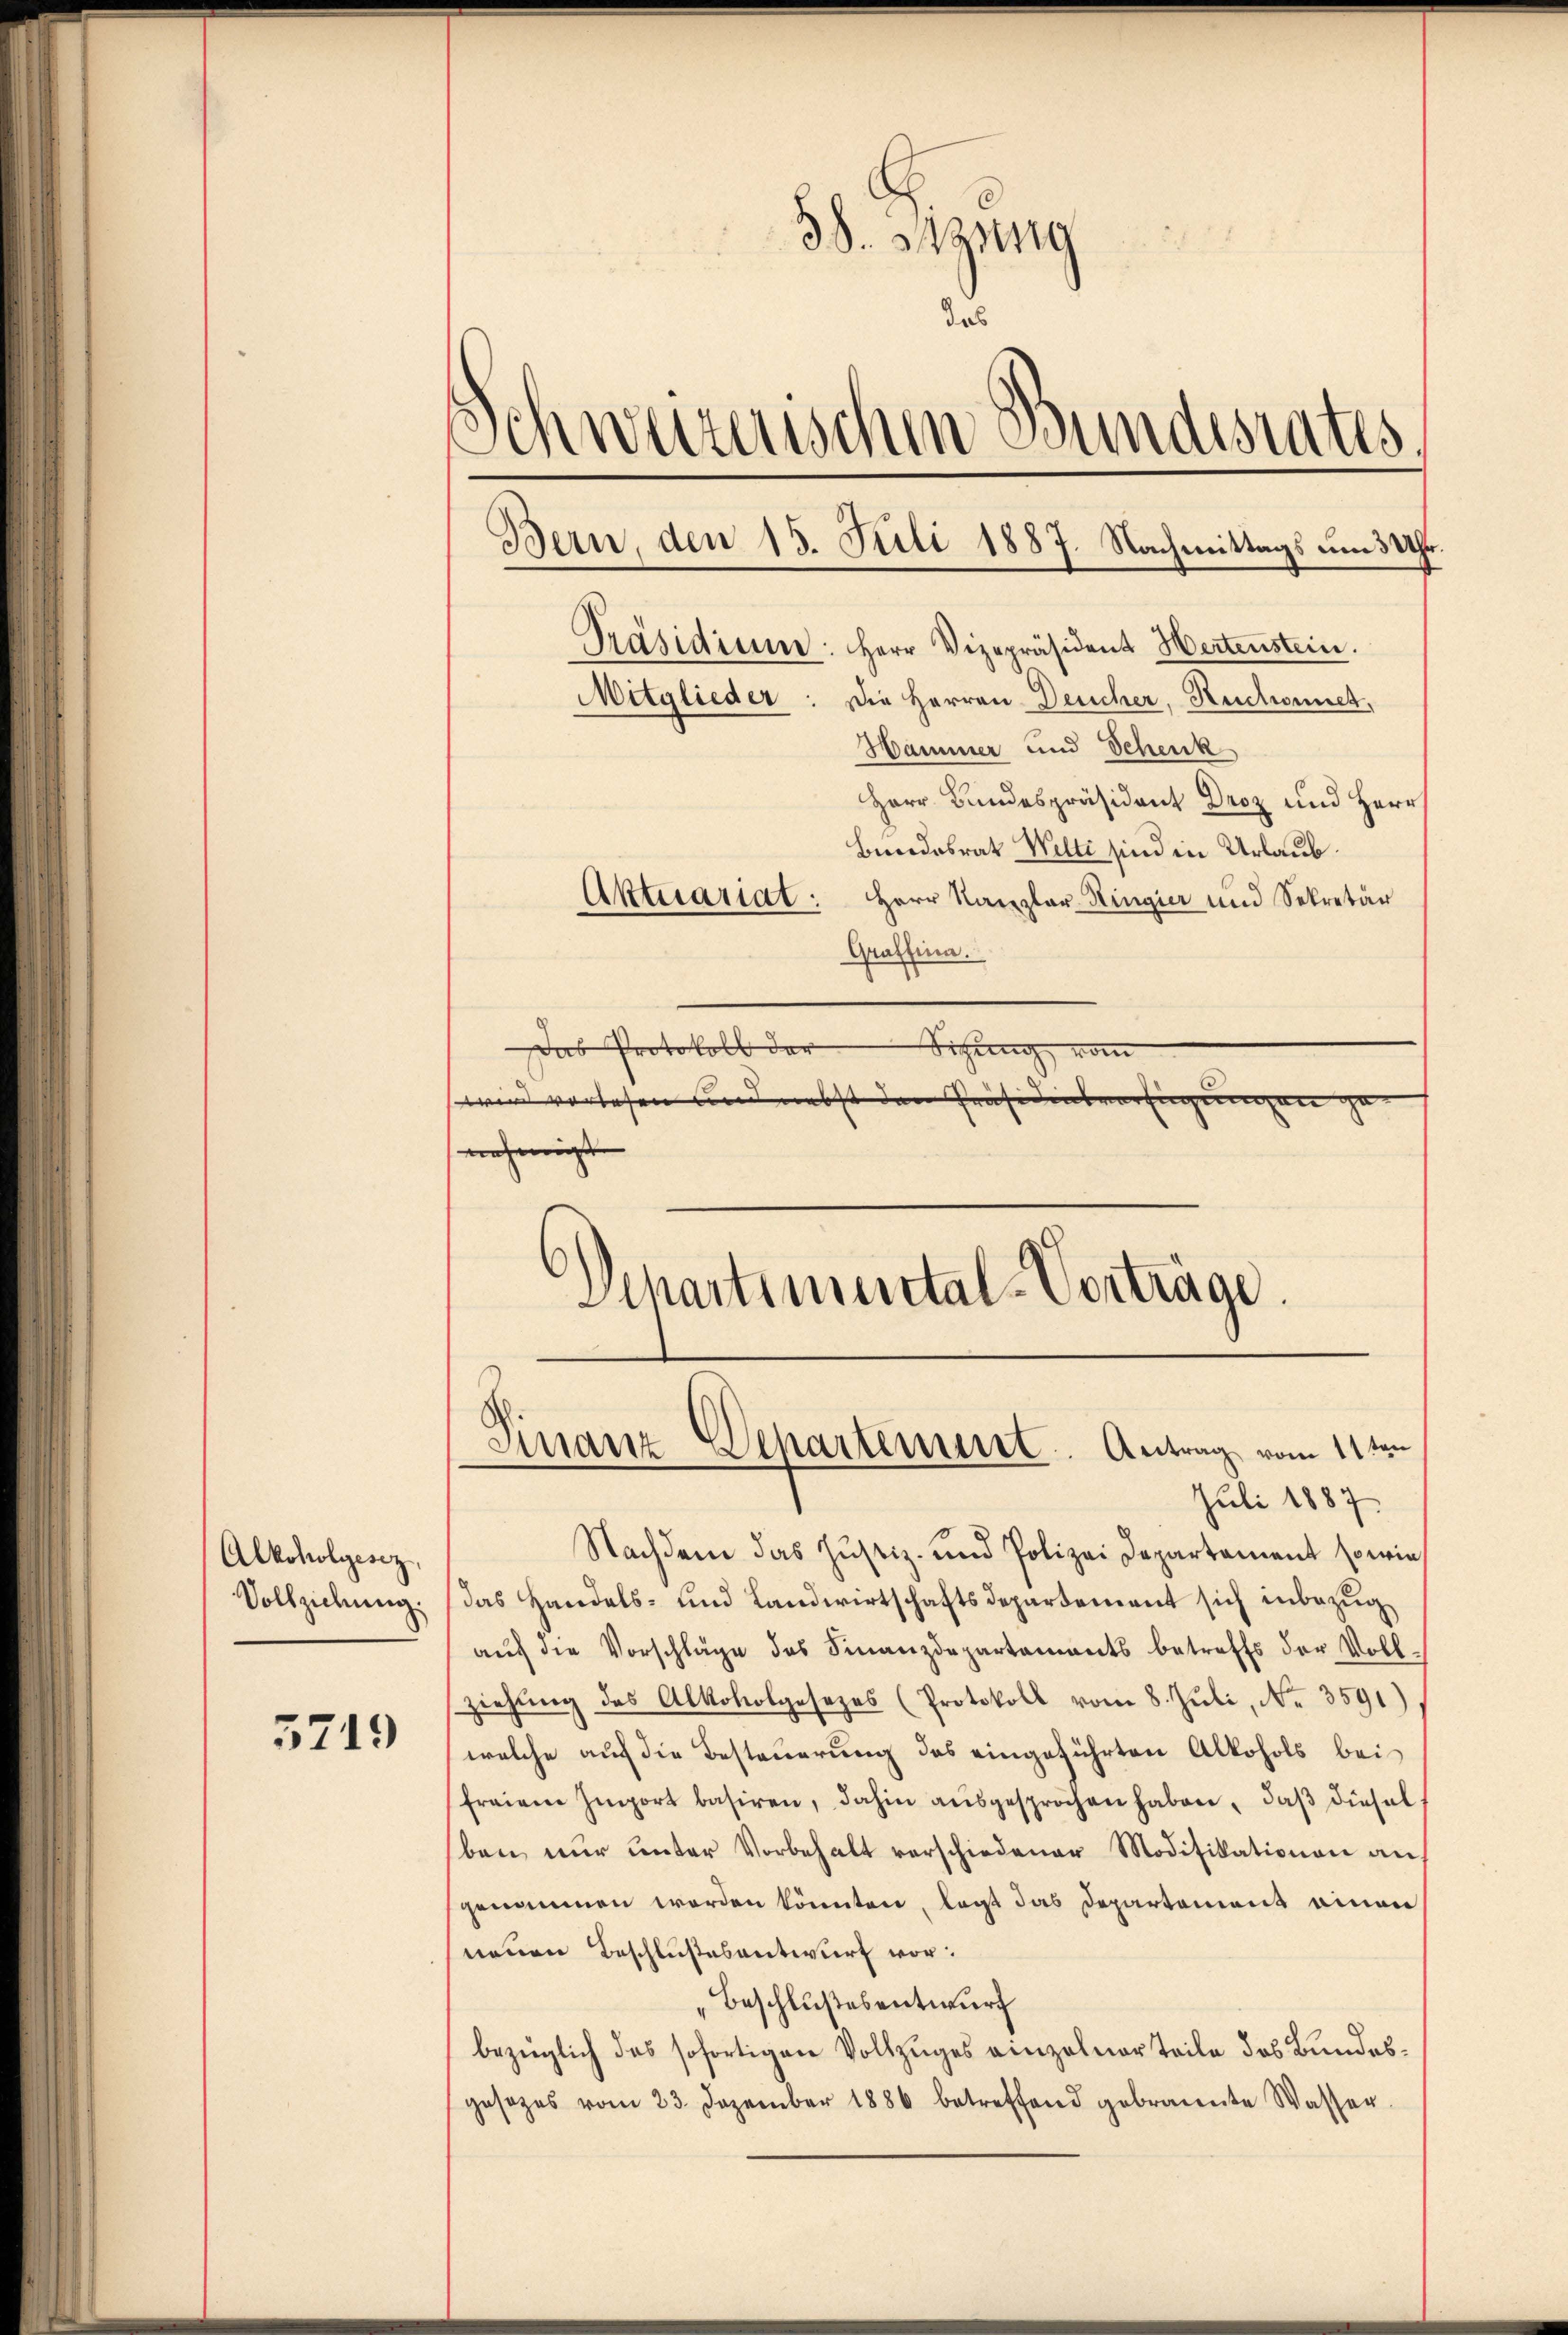
Alkoholgesez
Vollziehung.

5719

38. Sitzung
das
Präsidium: Herr Vizepräsident Hertenstein.
Mitglieder: Die Herren Deucher, Ruchonnet,
Hammer und Schenk
Herr Bundespräsident Droz und Herr
Bundesrat Welti sind in Urlaub.
Aktecariat: Herr Kanzler-Ringier und Sekretär
Graffina.
Das Protokoll der
Sitzung vom
wird vorlesen und nebst den Präsidensverfügungen
nehmigt
Departimental-Vorträge.

Juli 1887.
Nachdem das Justiz- und Polizei Departement sowie
das Handels- und Landwirtschaftsdepartement sich inbezug
aŭf die Vorschläge des Finanzdepartements betreffs der Voll-
ziehŭng des Alkoholgesezes (Protokoll vom 8. Jŭli, Nr. 3591)
welche auf die Besteuerung des eingeführten Alkohols bei
freien Import basiren, dahin aŭsgesprochen haben, daβ diesel
ben nŭr ŭnter Vorbehalt verschiedener Modifikationen an
genommen worden könnten, legt das Departement einen
neuen Beschlußesentwurf vor:
"Beschlußes entwurf
bezüglich das sofortigen Vollzuges einzelner teile des Bundesgesetzes vom 23. Dezember 1886 betreffend gebrannte Wasser-

Schweizerischen Bundesrates.
Bern, den 15. Juli 1887. Nachmittags um 3 Uhr.

Finanz-Departement. Antrag vom 11ten